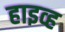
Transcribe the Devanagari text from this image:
हाइव्ह